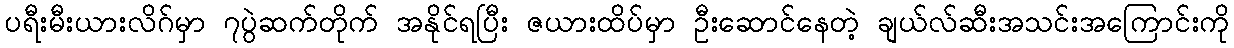
ပရီးမီးယားလိဂ်မှာ ၇ပွဲဆက်တိုက် အနိုင်ရပြီး ဇယားထိပ်မှာ ဦးဆောင်နေတဲ့ ချယ်လ်ဆီးအသင်းအကြောင်းကို